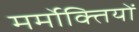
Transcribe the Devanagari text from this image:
मर्मोक्तियों